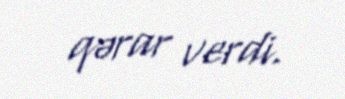
qərar verdi.